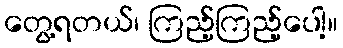
တွေ့ရတယ်၊ ကြည့်ကြည့်ပေါ့။